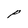
Character: P